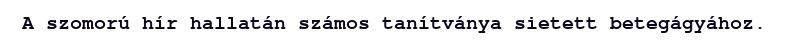
A szomorú hír hallatán számos tanítványa sietett betegágyához.